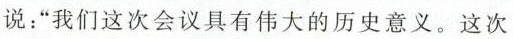
说：”我们这次会议具有伟大的历史意义。这次